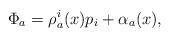
LaTeX: \begin{align*} \Phi_a= \rho_a^i(x) p_i + \alpha_a(x) ,\end{align*}